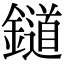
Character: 𨭪